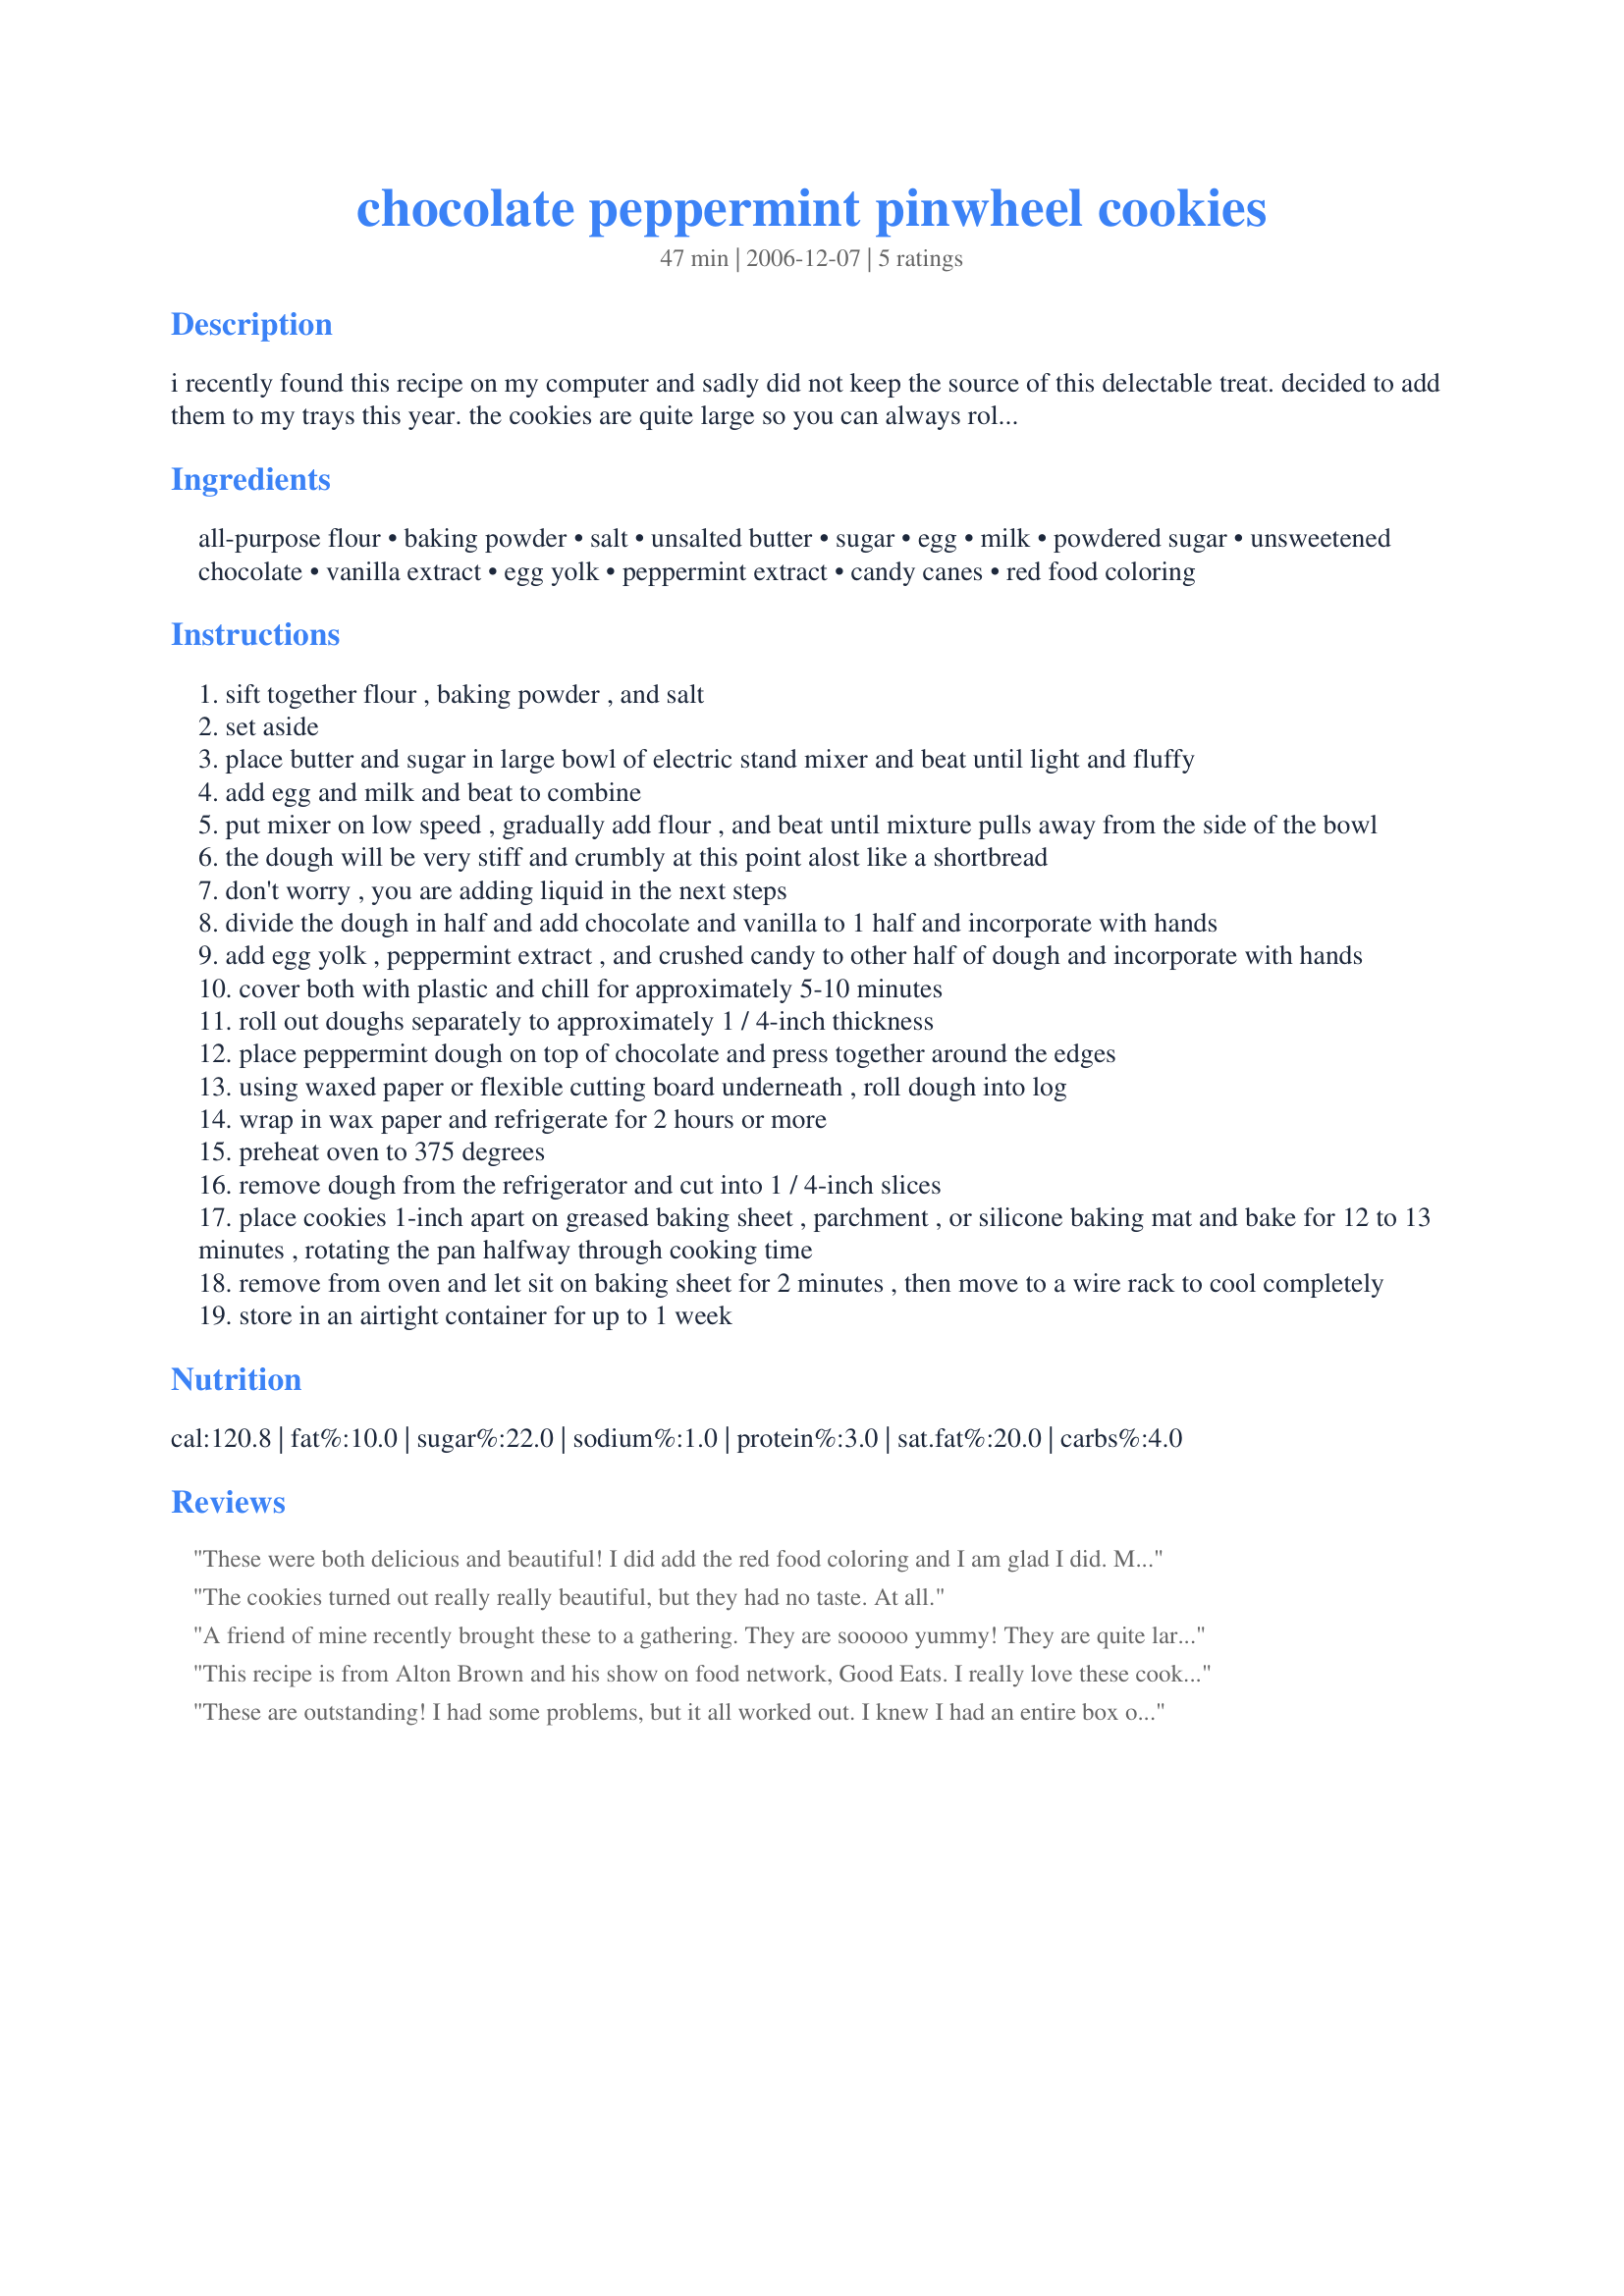
chocolate peppermint pinwheel cookies
Preparation time: 47 minutes

i recently found this recipe on my computer and sadly did not keep the source of this delectable treat. decided to add them to my trays this year. the cookies are quite large so you can always roll them out a bit more to increase your yield.

Ingredients:
all-purpose flour, baking powder, salt, unsalted butter, sugar, egg, milk, powdered sugar, unsweetened chocolate, vanilla extract, egg yolk, peppermint extract, candy canes, red food coloring

Steps:
sift together flour , baking powder , and salt
set aside
place butter and sugar in large bowl of electric stand mixer and beat until light and fluffy
add egg and milk and beat to combine
put mixer on low speed , gradually add flour , and beat until mixture pulls away from the side of the bowl
the dough will be very stiff and crumbly at this point alost like a shortbread
don't worry , you are adding liquid in the next steps
divide the dough in half and add chocolate and vanilla to 1 half and incorporate with hands
add egg yolk , peppermint extract , and crushed candy to other half of dough and incorporate with hands
cover both with plastic and chill for approximately 5-10 minutes
roll out doughs separately to approximately 1 / 4-inch thickness
place peppermint dough on top of chocolate and press together around the edges
using waxed paper or flexible cutting board underneath , roll dough into log
wrap in wax paper and refrigerate for 2 hours or more
preheat oven to 375 degrees
remove dough from the refrigerator and cut into 1 / 4-inch slices
place cookies 1-inch apart on greased baking sheet , parchment , or silicone baking mat and bake for 12 to 13 minutes , rotating the pan halfway through cooking time
remove from oven and let sit on baking sheet for 2 minutes , then move to a wire rack to cool completely
store in an airtight container for up to 1 week

Reviews:
These were both delicious and beautiful! I did add the red food coloring and I am glad I did. My only problem... I didn't make enough. Thanks for sharing this recipe!
The cookies turned out really really beautiful, but they had no taste. At all.
A friend of mine recently brought these to a gathering. They are sooooo yummy! They are quite large, but everyone will want to share! 
I'm going to make these for the holidays this year!
This recipe is from Alton Brown and his show on food network, Good Eats. I really love these cookies, but i have to agree with previous reviewers - each time I make these, they turn out differently. From now on, I think I'm going to stick with tampering with regular sugar cookie dough.
These are outstanding! I had some problems, but it all worked out. I knew I had an entire box of candy canes, but when I went to get them out of the cabinet, they were cherry! So I figured I would just use the peppermint extract. Turns out I had assorted hard candies in the same cabinet and there were some starlight mints included, so I crushed those up. Also, I obviously messed up with dividing the dough in half, because my chocolate half was a little dry and my pink half was wet. I literally had to spread the pink over the chocolate because it wasn't rollable. I almost didn't have enough pink, but I got it to spread just enough. However, even with my problems (and they were mine, not the recipe's), these came out fabulous. Thanks for posting! P.S. I got 39 cookies out of the batch.
